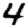
Digit: 4